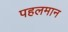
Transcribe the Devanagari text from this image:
पहलमान